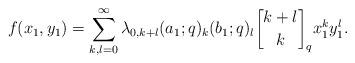
LaTeX: \begin{align*} f(x_1, y_1)=\sum_{k, l=0}^\infty \lambda_{0, k+l} (a_1; q)_k (b_1; q)_l {{k+l}\brack k}_q x_1^k y_1^l.\end{align*}